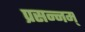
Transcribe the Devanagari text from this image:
प्रसन्नम्